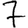
Digit: 7